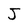
Character: J